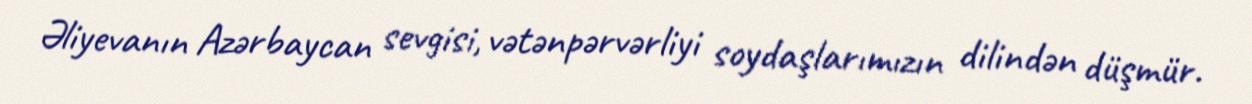
Əliyevanın Azərbaycan sevgisi, vətənpərvərliyi soydaşlarımızın dilindən düşmür.